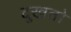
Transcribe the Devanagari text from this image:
दुखतो